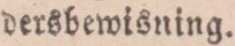
dersbewisning.